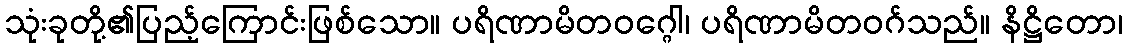
သုံးခုတို့၏ပြည့်ကြောင်းဖြစ်သော။ ပရိဏာမိတဝဂ္ဂေါ၊ ပရိဏာမိတဝဂ်သည်။ နိဋ္ဌိတော၊